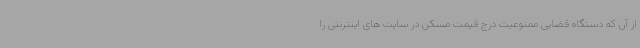
از آن که دستگاه قضایی ممنوعیت درج قیمت مسکن در سایت های اینترنتی را